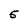
Character: 5